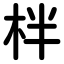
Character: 柈